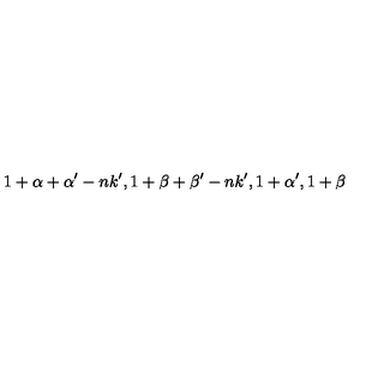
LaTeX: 1 + \alpha + \alpha ^ { \prime } - n k ^ { \prime } , 1 + \beta + \beta ^ { \prime } - n k ^ { \prime } , 1 + \alpha ^ { \prime } , 1 + \beta